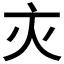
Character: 𬽄